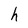
Character: h